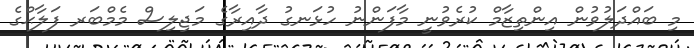
މި ބައްދަލުވުން އިންތިޒާމް ކުރެވުނީ މާފަންނު ހުޅަނގު ދާއިރާގެ މަޖިލިސް މެމްބަރ ފަލާޙްގެ